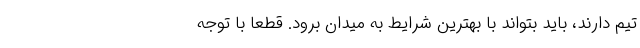
تیم دارند، باید بتواند با بهترین شرایط به میدان برود. قطعا با توجه